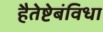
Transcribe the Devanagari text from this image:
हैतेष्टेबंविधा